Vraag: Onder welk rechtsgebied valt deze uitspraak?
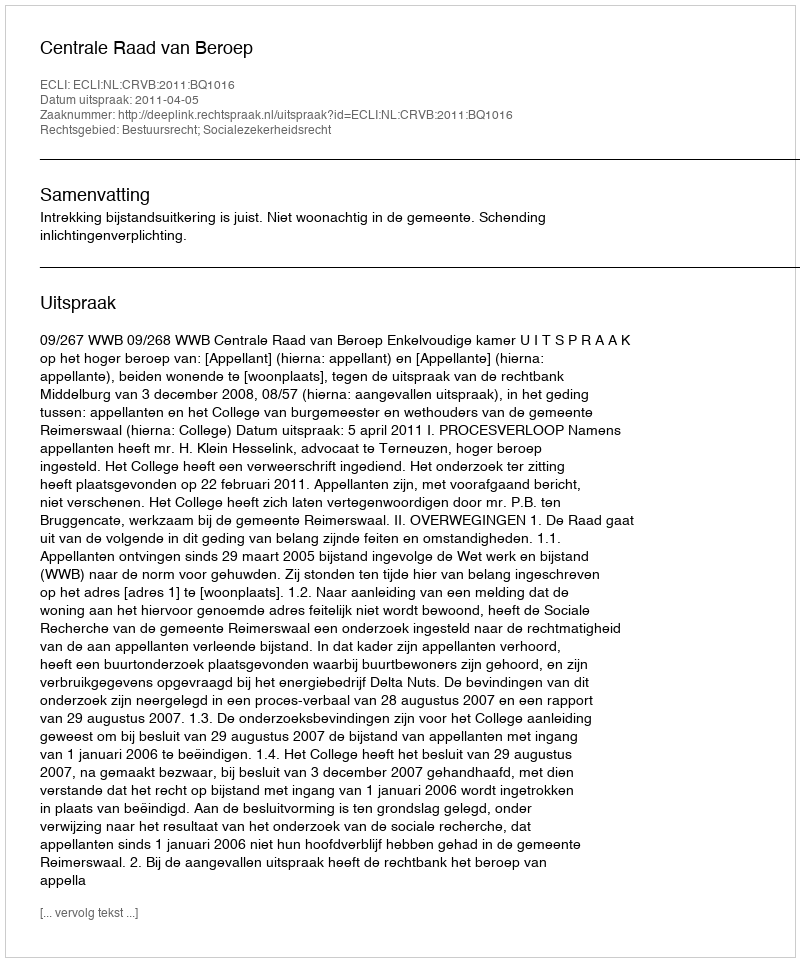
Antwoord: Bestuursrecht; Socialezekerheidsrecht